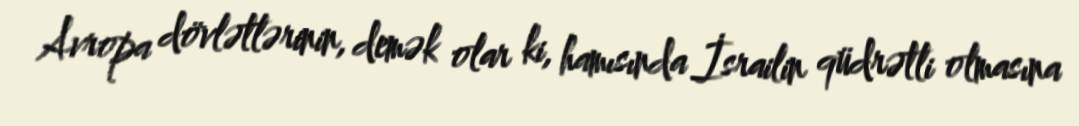
Avropa dövlətlərinin, demək olar ki, hamısında İsrailin qüdrətli olmasına